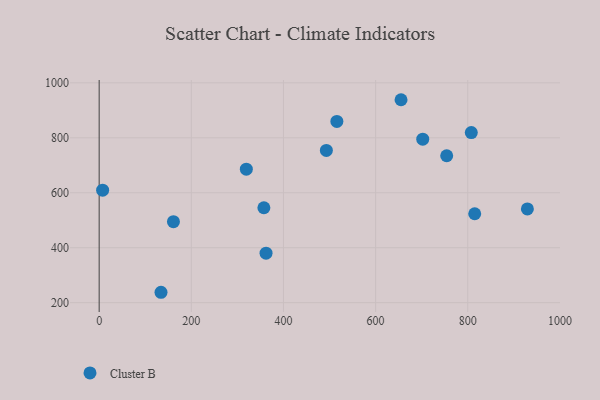
{"axis": {"x": "Speed", "y": "Demand"}, "legend": ["Cluster B"], "data": [{"x": "493.1", "y": 753.9, "type": "Cluster B"}, {"x": "702.3", "y": 795.1, "type": "Cluster B"}, {"x": "362.2", "y": 380.2, "type": "Cluster B"}, {"x": "515.9", "y": 859.6, "type": "Cluster B"}, {"x": "929.4", "y": 541.0, "type": "Cluster B"}, {"x": "357.5", "y": 545.4, "type": "Cluster B"}, {"x": "655.2", "y": 938.6, "type": "Cluster B"}, {"x": "161.2", "y": 494.8, "type": "Cluster B"}, {"x": "815.1", "y": 523.6, "type": "Cluster B"}, {"x": "7.5", "y": 609.3, "type": "Cluster B"}, {"x": "319.4", "y": 686.0, "type": "Cluster B"}, {"x": "807.7", "y": 819.0, "type": "Cluster B"}, {"x": "754.3", "y": 734.7, "type": "Cluster B"}, {"x": "134.2", "y": 237.8, "type": "Cluster B"}]}